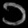
Digit: ၁